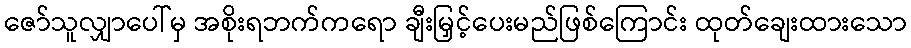
ဇော်သူလျှာပေါ်မှ အစိုးရဘက်ကရော ချီးမြှင့်ပေးမည်ဖြစ်ကြောင်း ထုတ်ချေးထားသော